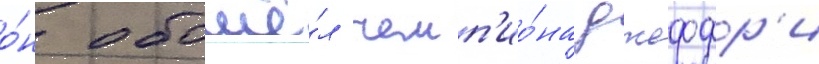
о́н обошё́л чемп'ио́на джеффр'и